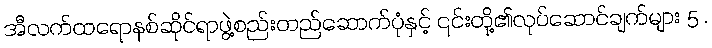
အီလက်ထရောနစ်ဆိုင်ရာဖွဲ့စည်းတည်ဆောက်ပုံနှင့် ၎င်းတို့၏လုပ်ဆောင်ချက်များ 5 .